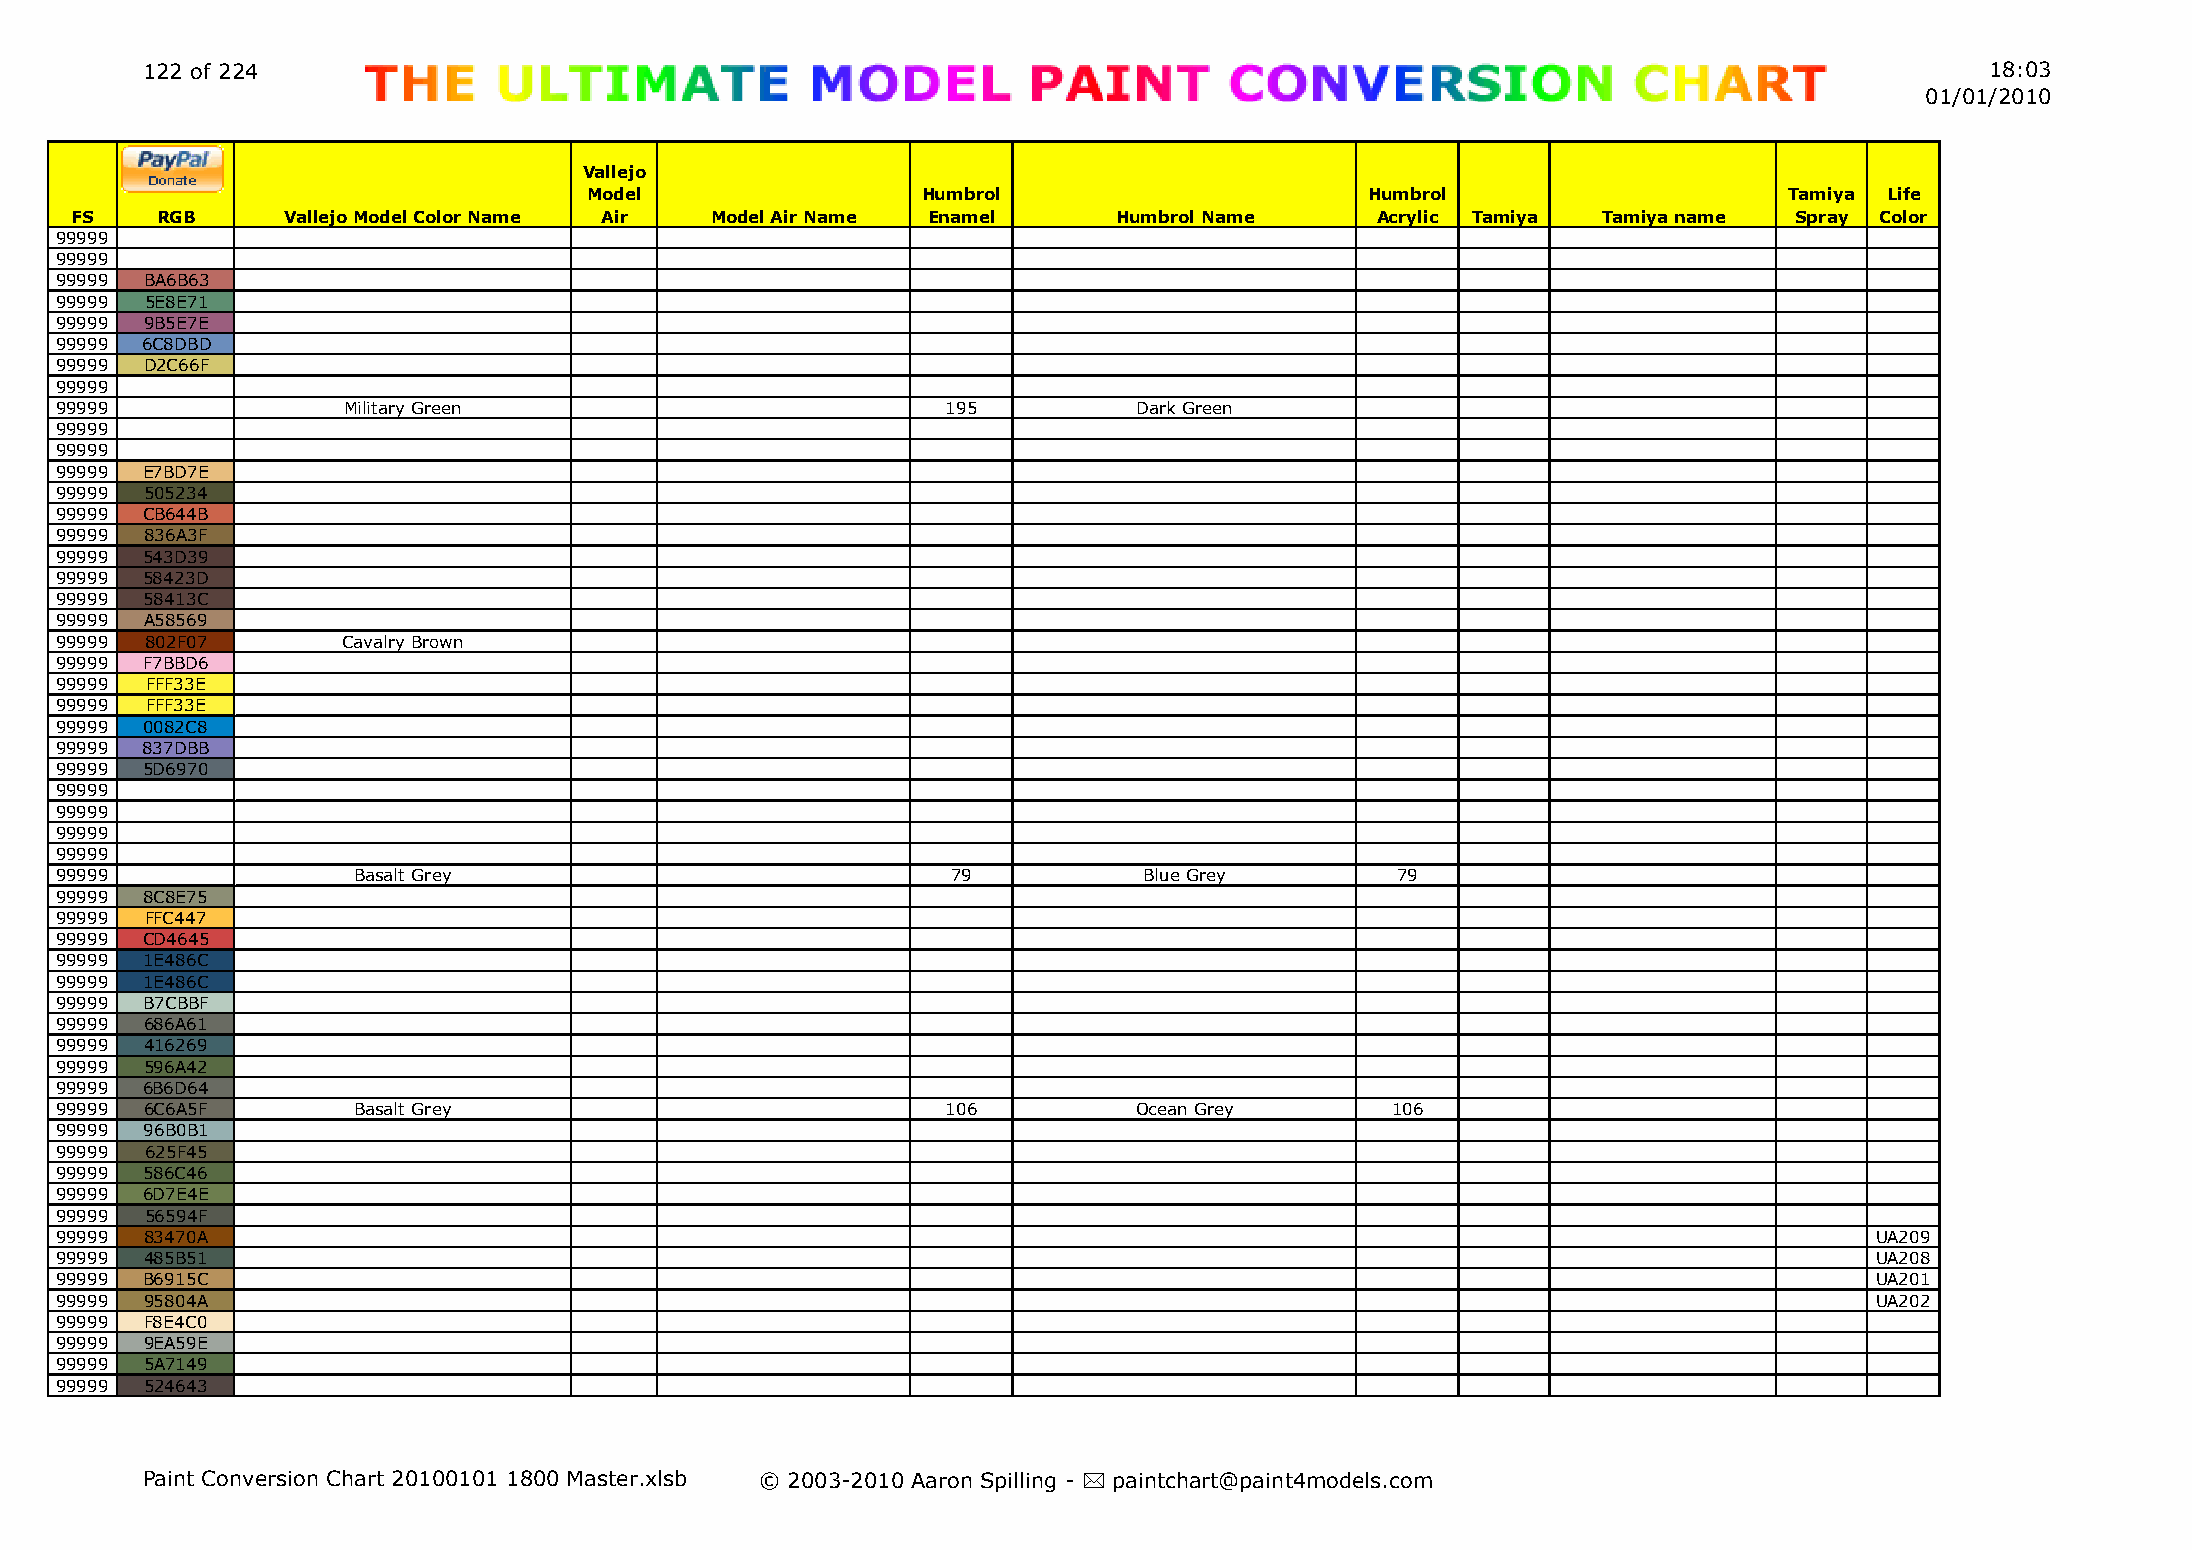
122 of 224                                                                                                                 18:03
 01/01/2010
 Vallejo
 Model                 Humbrol                       Humbrol                    Tamiya Life
 FS   RGB      Vallejo Model Color Name Air Model Air Name Enamel     Humbrol Name     Acrylic Tamiya Tamiya name  Spray Color
 99999
 99999
 99999 BA6B63
 99999 5E8E71
 99999 9B5E7E
 99999 6C8DBD
 99999 D2C66F
 99999
 99999              Military Green                          195         Dark Green
 99999
 99999
 99999 E7BD7E
 99999 505234
 99999 CB644B
 99999 836A3F
 99999 543D39
 99999 58423D
 99999 58413C
 99999 A58569
 99999 802F07       Cavalry Brown
 99999 F7BBD6
 99999 FFF33E
 99999 FFF33E
 99999 0082C8
 99999 837DBB
 99999 5D6970
 99999
 99999
 99999
 99999
 99999              Basalt Grey                             79           Blue Grey       79
 99999 8C8E75
 99999 FFC447
 99999 CD4645
 99999 1E486C
 99999 1E486C
 99999 B7CBBF
 99999 686A61
 99999 416269
 99999 596A42
 99999 6B6D64
 99999 6C6A5F       Basalt Grey                             106         Ocean Grey       106
 99999 96B0B1
 99999 625F45
 99999 586C46
 99999 6D7E4E
 99999 56594F
 99999 83470A                                                                                                            UA209
 99999 485B51                                                                                                            UA208
 99999 B6915C                                                                                                            UA201
 99999 95804A                                                                                                            UA202
 99999 F8E4C0
 99999 9EA59E
 99999 5A7149
 99999 524643
 Paint Conversion Chart 20100101 1800 Master.xlsb © 2003-2010 Aaron Spilling - * paintchart@paint4models.com